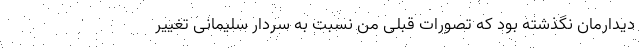
دیدارمان نگذشته بود که تصورات قبلی من نسبت به سردار سلیمانی تغییر